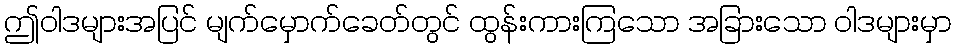
ဤဝါဒများအပြင် မျက်မှောက်ခေတ်တွင် ထွန်းကားကြသော အခြားသော ဝါဒများမှာ